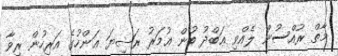
މާތް ރުއްސުން ލެއްވި ޢަބްދު ބުން ޢުމަރު ރަޟިޔަ ޢަންހުގެ އަރިހުން ރިވާ